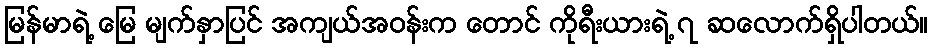
မြန်မာရဲ့ မြေ မျက်နှာပြင် အကျယ်အဝန်းက တောင် ကိုရီးယားရဲ့ ၇ ဆလောက်ရှိပါတယ်။